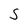
Character: S